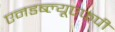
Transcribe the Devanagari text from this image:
एनडब्ल्यूएफपी